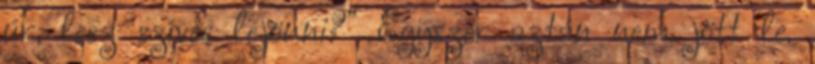
úr, lesz szíves lejönni?” Egyszer aztán nem jött le.